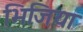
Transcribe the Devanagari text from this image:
भिजिया